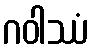
ဂဝါဿံ